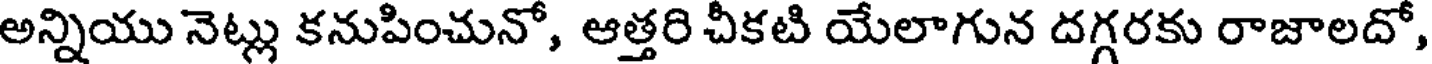
అన్నియు నెట్లు కనుపించునో, ఆత్తరి చీకటి యేలాగున దగ్గరకు రాజాలదో,